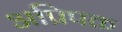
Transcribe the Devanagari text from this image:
अप्रिपक्त